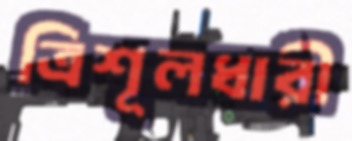
ত্রিশূলধারী